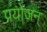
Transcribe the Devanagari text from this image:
प्रयोजन्